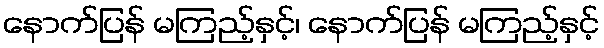
နောက်ပြန် မကြည့်နှင့်၊ နောက်ပြန် မကြည့်နှင့်